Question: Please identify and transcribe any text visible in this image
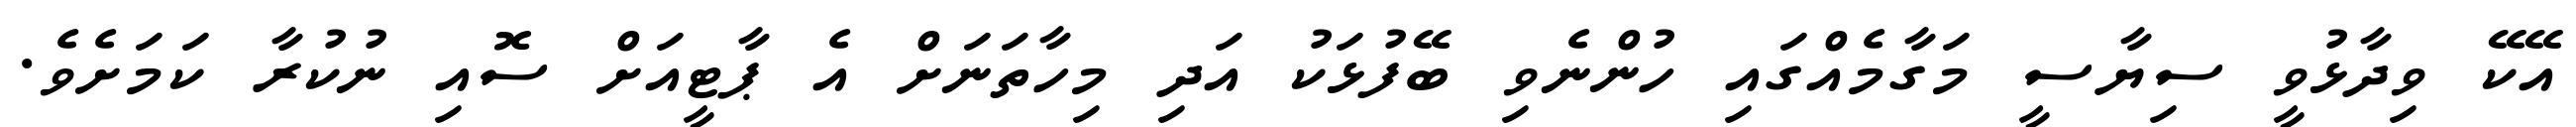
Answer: އޭކޭ ވިދާޅުވީ ސިޔާސީ މަގާމެއްގައި ހުންނެވި ބޭފުޅަކު އަދި މިހާތަނަށް އެ ޕާޓީއަށް ސޮއި ނުކުރާ ކަމަށެވެ.